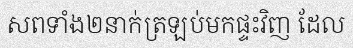
សពទាំង២នាក់ត្រឡប់មកផ្ទះវិញ ដែល